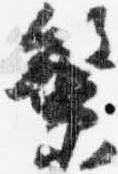
繁